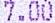
7.00